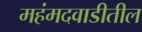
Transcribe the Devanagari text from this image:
महंमदवाडीतील